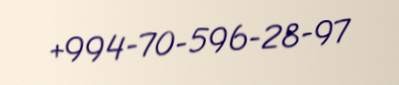
+994-70-596-28-97